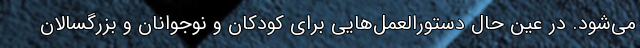
می‌شود. در عین حال دستورالعمل‌هایی برای کودکان و نوجوانان و بزرگسالان